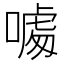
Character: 𠼥